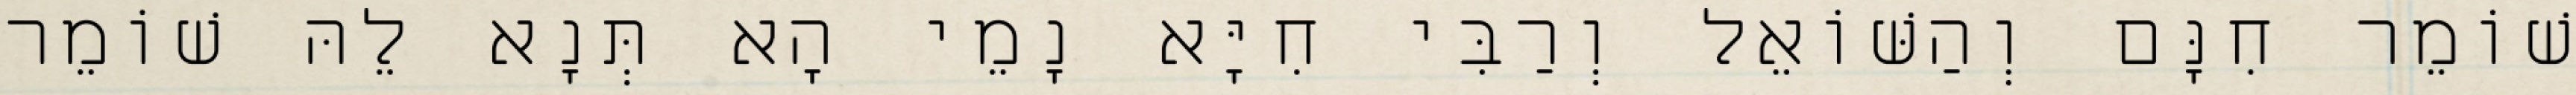
שׁוֹמֵר חִנָּם וְהַשּׁוֹאֵל וְרַבִּי חִיָּא נָמֵי הָא תְּנָא לֵהּ שׁוֹמֵר